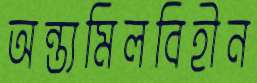
অন্ত্যমিলবিহীন